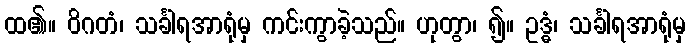
ထ၏။ ဝိဂတံ၊ သင်္ခါရအာရုံမှ ကင်းကွာခဲ့သည်။ ဟုတွာ၊ ၍။ ဥဒ္ဓံ၊ သင်္ခါရအာရုံမှ